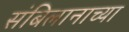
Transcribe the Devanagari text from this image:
संबिलानाच्या